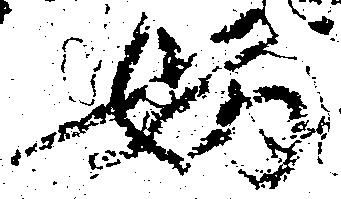
妨